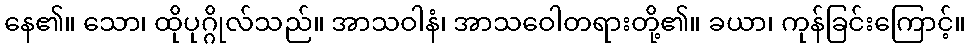
နေ၏။ သော၊ ထိုပုဂ္ဂိုလ်သည်။ အာသဝါနံ၊ အာသဝေါတရားတို့၏။ ခယာ၊ ကုန်ခြင်းကြောင့်။